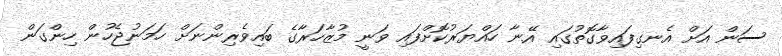
ސަން އަށް އެނގިފައިވާގޮތުގައި އޭނާ ހައްޔަރުކޮށްފައި ވަނީ މުޒާހަރާގެ ބައިވެރިންނަށް ހަމަނުޖެހުން ހިންގަން